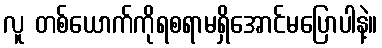
လူ တစ်ယောက်ကိုရစရာမရှိအောင်မပြောပါနဲ့။